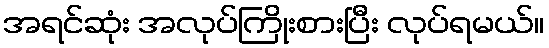
အရင်ဆုံး အလုပ်ကြိုးစားပြီး လုပ်ရမယ်။